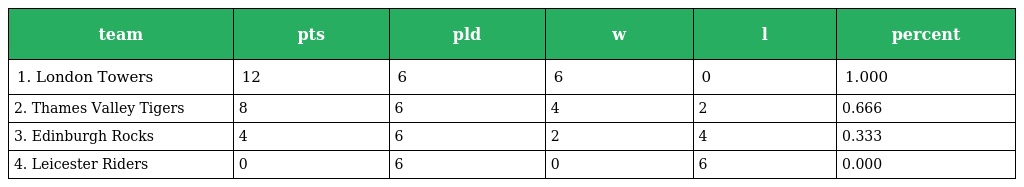
| team | pts | pld | w | l | percent |
 | --- | --- | --- | --- | --- | --- |
 | 1. London Towers | 12 | 6 | 6 | 0 | 1.000 |
 | 2. Thames Valley Tigers | 8 | 6 | 4 | 2 | 0.666 |
 | 3. Edinburgh Rocks | 4 | 6 | 2 | 4 | 0.333 |
 | 4. Leicester Riders | 0 | 6 | 0 | 6 | 0.000 |